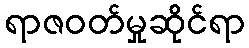
ရာဇဝတ်မှုဆိုင်ရာ